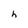
Character: h